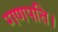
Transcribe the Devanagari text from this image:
गणपति।